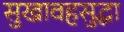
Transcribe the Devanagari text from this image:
सुखावहसुद्धा